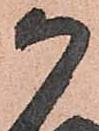
か